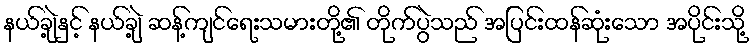
နယ်ချဲ့နှင့် နယ်ချဲ့ ဆန့်ကျင်ရေးသမားတို့၏ တိုက်ပွဲသည် အပြင်းထန်ဆုံးသော အပိုင်းသို့